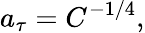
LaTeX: a_{\tau}=C^{-1/4},